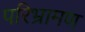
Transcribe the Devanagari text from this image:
परिभ्रामण